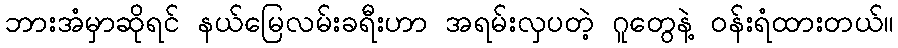
ဘားအံမှာဆိုရင် နယ်မြေလမ်းခရီးဟာ အရမ်းလှပတဲ့ ဂူတွေနဲ့ ဝန်းရံထားတယ်။